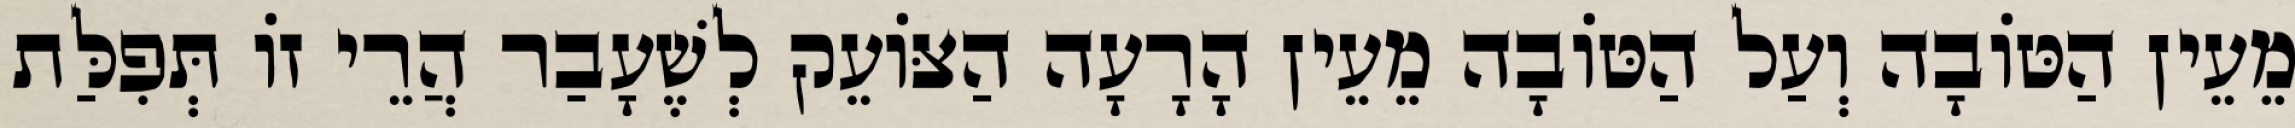
מֵעֵין הַטּוֹבָה וְעַל הַטּוֹבָה מֵעֵין הָרָעָה הַצּוֹעֵק לְשֶׁעָבַר הֲרֵי זוֹ תְּפִלַּת